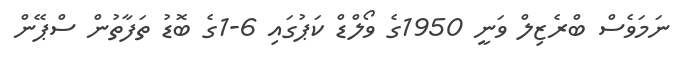
ނަމަވެސް ބްރެޒިލް ވަނީ 1950ގެ ވޯލްޑް ކަޕުގައި 6-1ގެ ބޮޑު ތަފާތުން ސްޕޭން